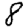
Digit: 8